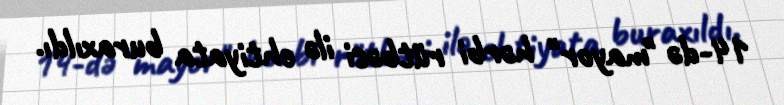
14-də "mayor" hərbi rütbəsi ilə ehtiyata buraxıldı.